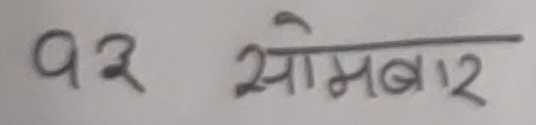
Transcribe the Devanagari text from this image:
१२ सोमबार